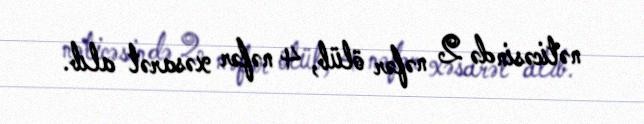
nəticəsində 2 nəfər ölüb, 4 nəfər xəsarət alıb.